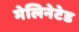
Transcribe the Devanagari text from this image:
मेलिनेटेड